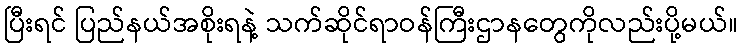
ပြီးရင် ပြည်နယ်အစိုးရနဲ့ သက်ဆိုင်ရာဝန်ကြီးဌာနတွေကိုလည်းပို့မယ်။